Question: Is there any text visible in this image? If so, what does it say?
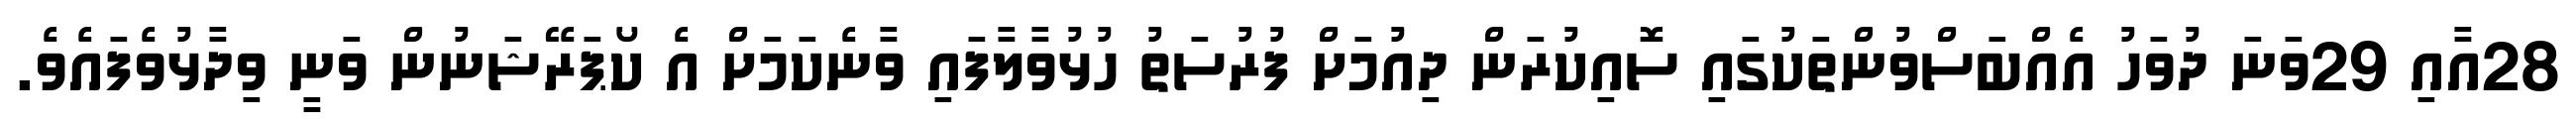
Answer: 28އާއި 29ވަނަ ދުވަހު އެއްބަސްވުންތަކުގައި ސޮއިކުރަން ދިއުމަށް ފުރުސަތު ހުޅުވާލާފައި ވާނެކަމަށް އެ ކޯޕަރޭޝަނުން ވަނީ ވިދާޅުވެފައެވެ.